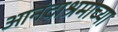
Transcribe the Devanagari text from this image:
आनंदाश्रमाच्या